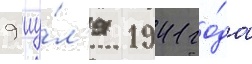
9 иу́л'я 1941 го́да